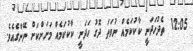
12:05  ތެދުހަދަނީ ކާކުކަމެއް ނުވަތަ ދޮގު ހަދަނީ ކާކުކަމެއް މަށަށްކަށް ނޭންގެއެވެ.